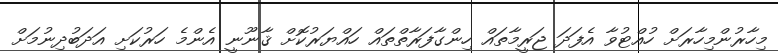
މިހާރުންމިހާރަށް ހުއްޓުވާ އެފަދަ ޖަރީމާތައް ހިންގާފަރާތްތައް ހައްޔަރުކޮށް ޤާނޫނީ އެންމެ ހަރުކަށި އަދަބުދިނުމަށް